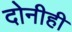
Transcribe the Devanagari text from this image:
दोनीही